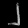
Digit: ၂